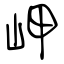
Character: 岬